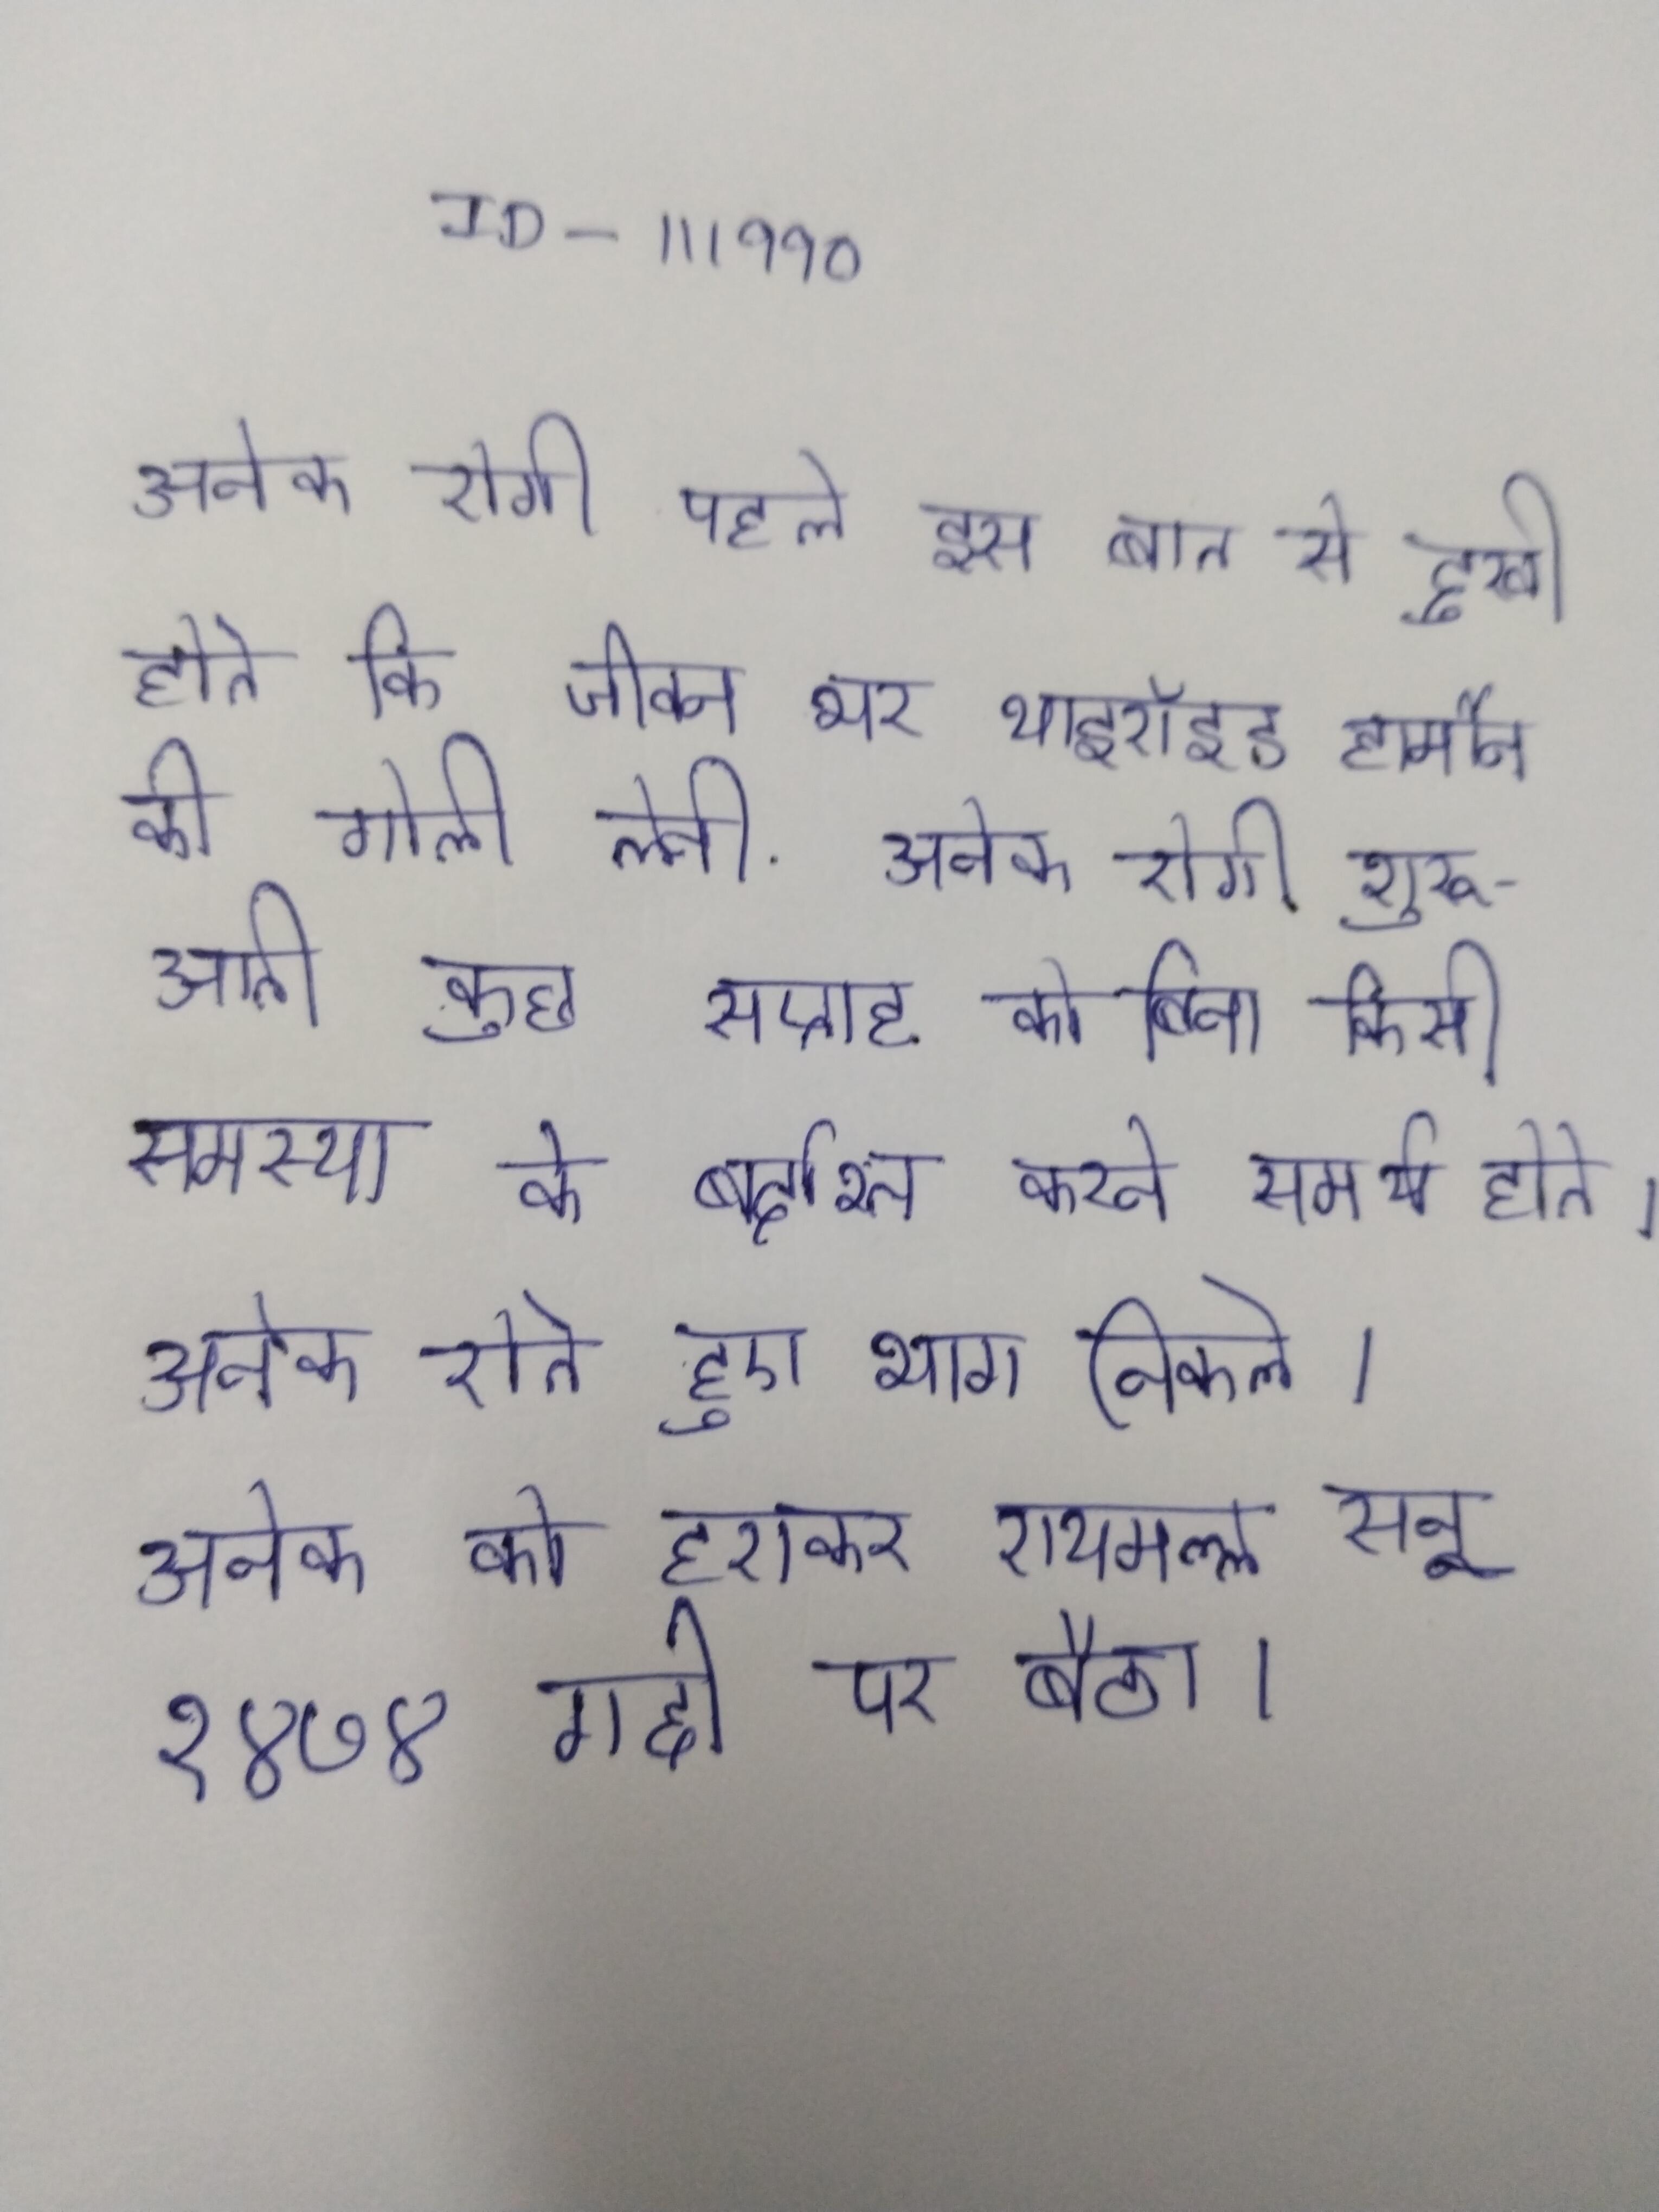
अनेक रोगी पहले इस बात से दुखी होते कि जीवन भर थाइरॉइड हार्मोन की गोली लेनी . अनेक रोगी शुरूआती कुछ सप्ताह को बिना किसी समस्या के बर्दाश्त करने समर्थ होते । अनेक रोते हुए भाग निकले । अनेक को हराकर रायमल्ल सन् १४७४ गद्दी पर बैठा ।